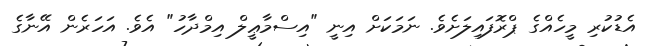
އެޑުކުރި މީހެއްގެ ޕްރޮފައިލަށެވެ. ނަމަކަށް އިނީ "އިސްމާޢީލް އިމްދާހު" އެވެ. އަހަރެން އޭނާގެ